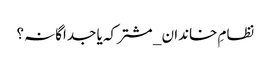
نظامِ خاندان _ مشترکہ یا جداگانہ؟